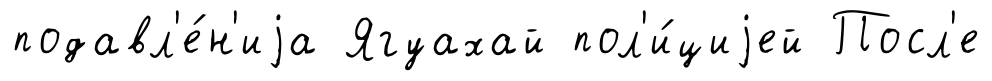
подавл'е́н'иjа Ягуахай пол'и́циjей Посл'е